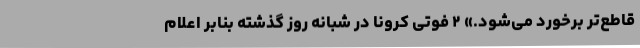
قاطع‌تر برخورد می‌شود.» ۲ فوتی کرونا در شبانه روز گذشته بنابر اعلام